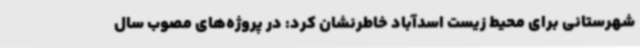
شهرستانی برای محیط زیست اسدآباد خاطرنشان کرد: در پروژه‌های مصوب سال